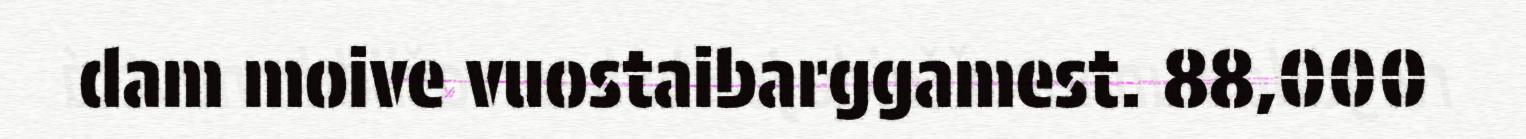
dam moive vuostaibarggamest. 88,000